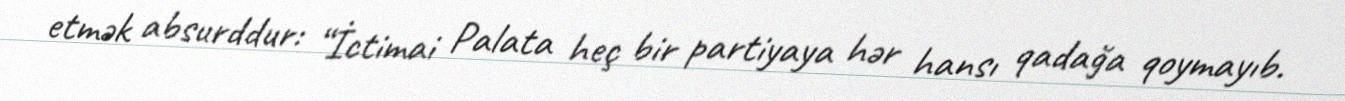
etmək absurddur: “İctimai Palata heç bir partiyaya hər hansı qadağa qoymayıb.